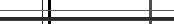
٦١